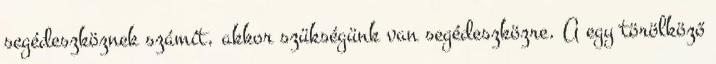
segédeszköznek számít, akkor szükségünk van segédeszközre. A egy törölköző